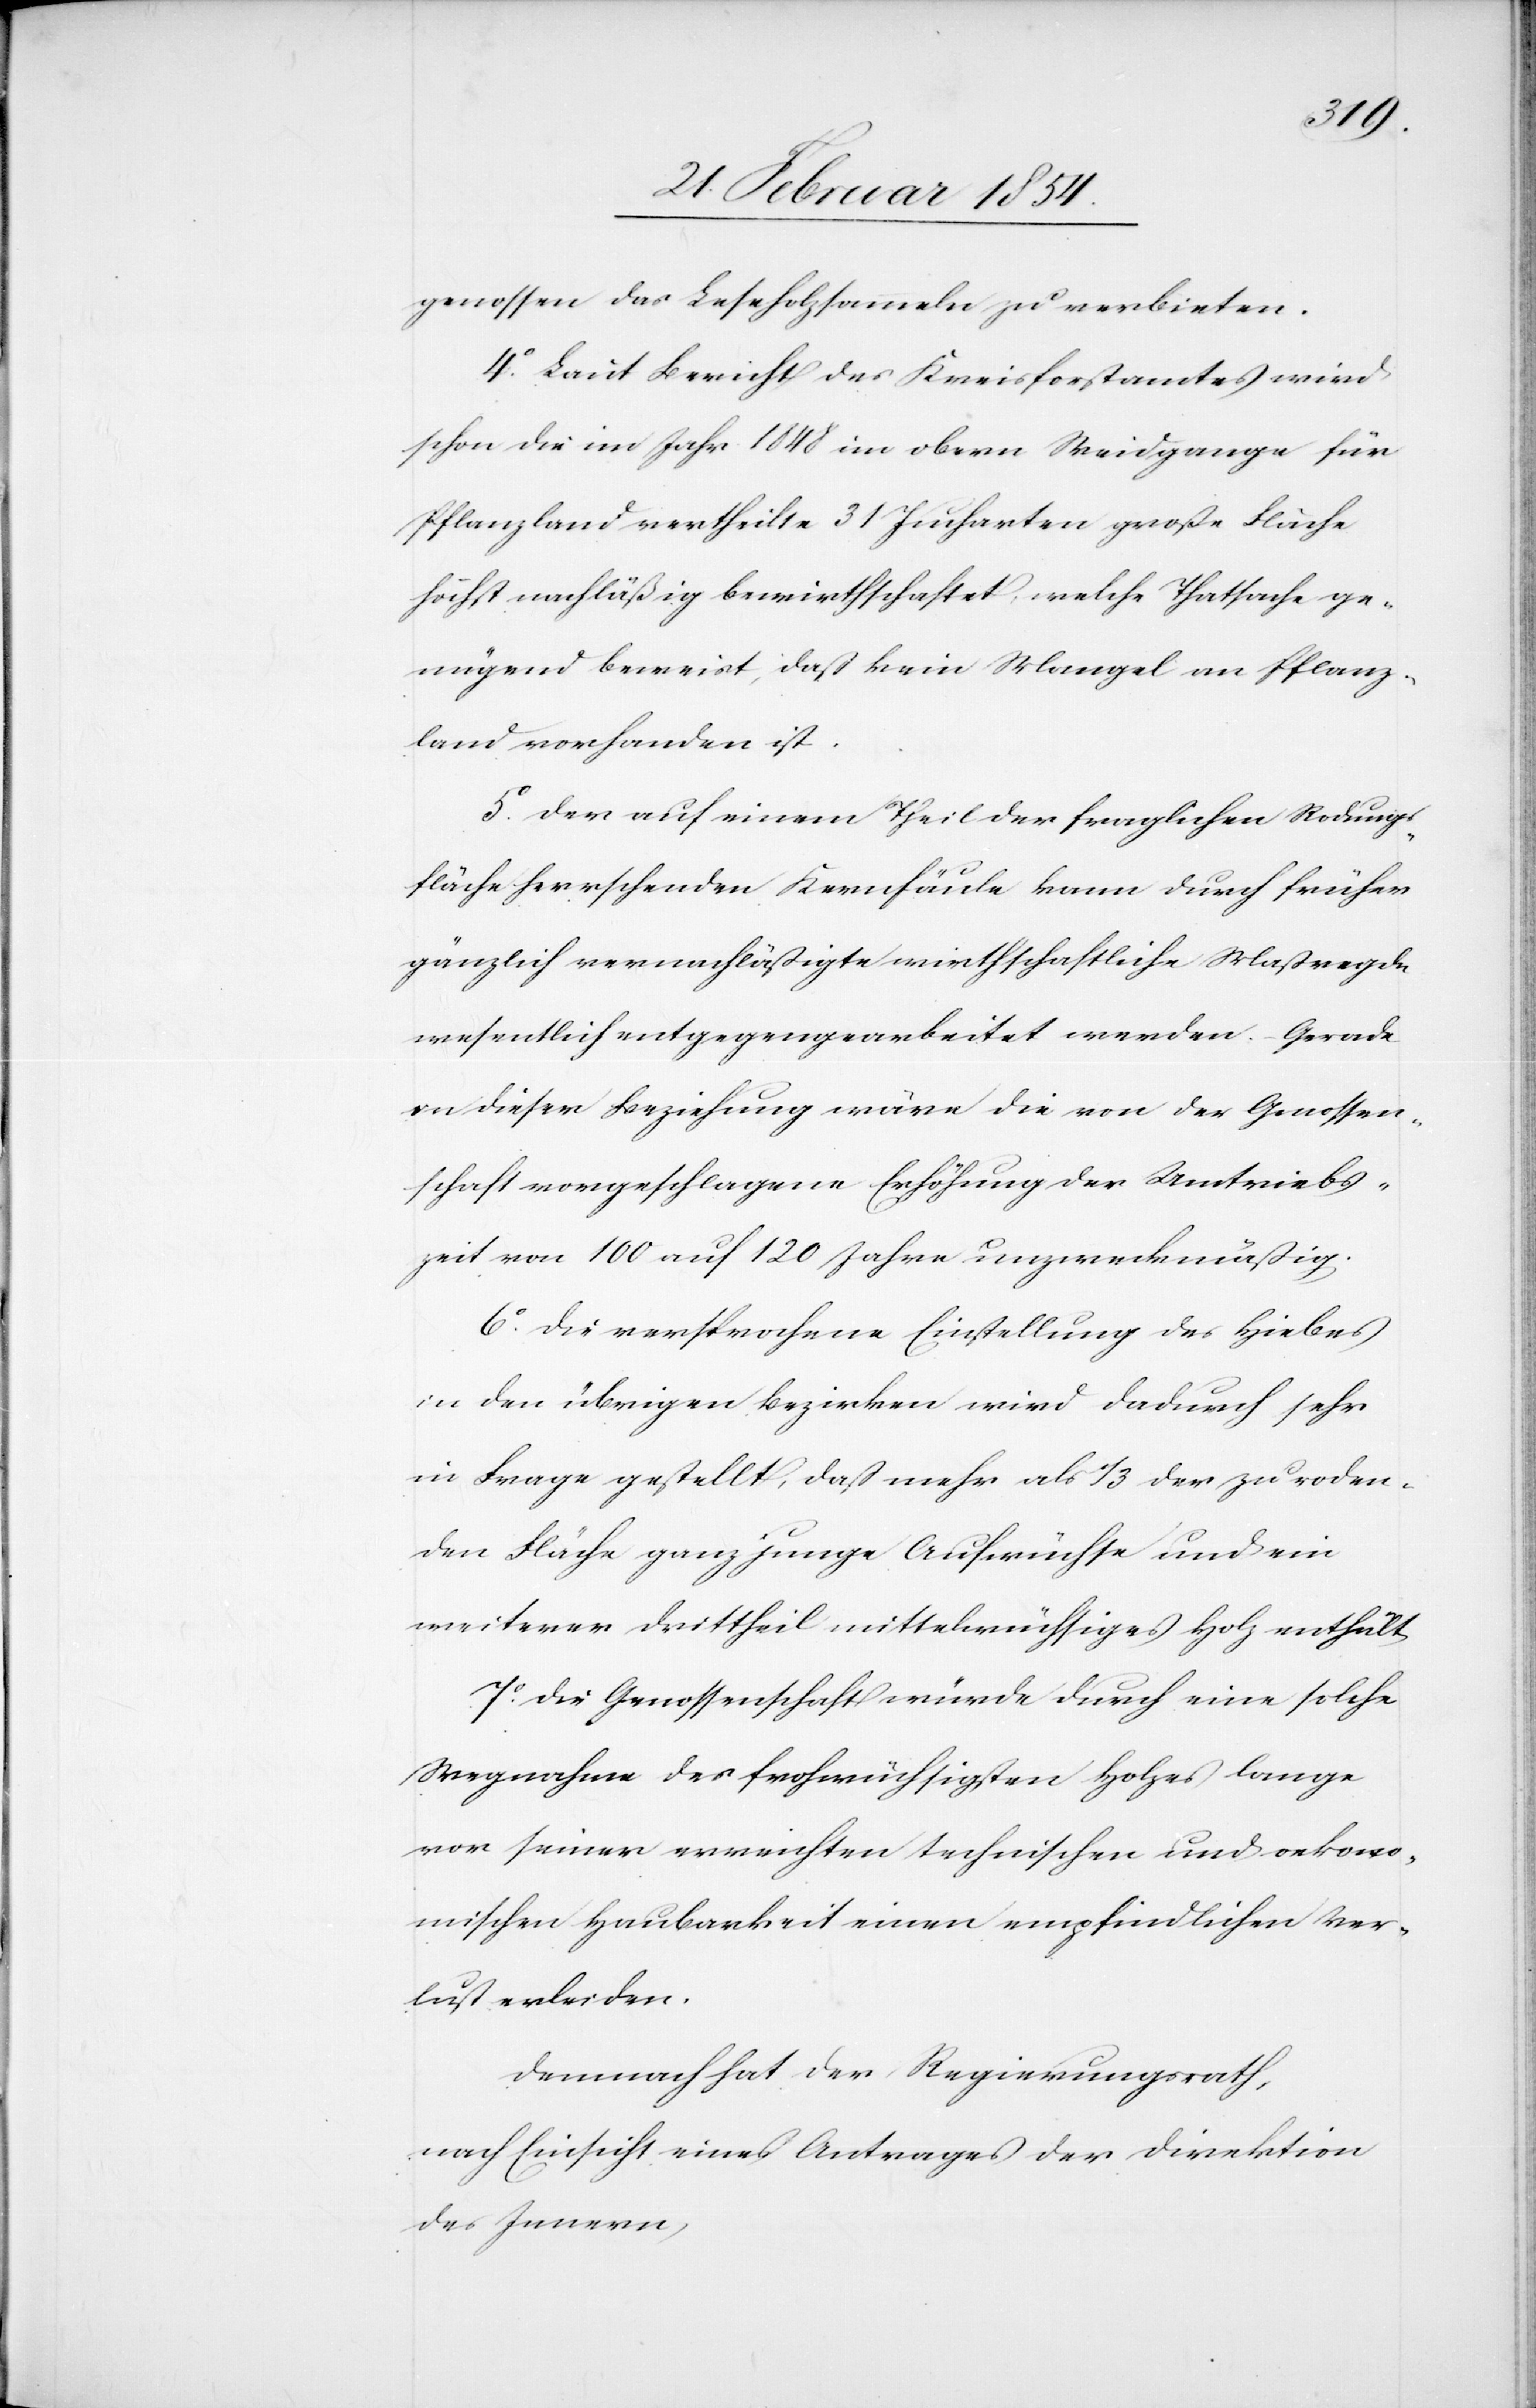
genossen des Leseholzsammeln zu verbieten.
4o Laut Bericht des Kreisforstamtes wird
schon die im Jahr 1848 im obern Weidgange für
Pflanzland ertheilte 31 Jucharten große Fläche
höchst nachläßig bewirthschaftet, welche Thatsache ge¬
nügend beweist, daß kein Mangel an Pflanz¬
land vorhanden ist.
5o Der auf einem Theil der fraglichen Rodungs¬
fläche herrschenden Kernfäule kann durch früher
gänzlich vernachläßigte wirthschaftliche Maßregeln
wesentlich entgegengearbeitet werden. – Gerade
in dieser Beziehung wäre die von der Genossen¬
schaft vorgeschlagene Erhöhung der Umtriebs¬
zeit 100 auf 120 Jahre unzweckmäßig.
6o Die versprochene Einstellung des Hiebens
in den übrigen Bezirken wird dadurch sehr
in Frage gestellt, daß mehr als 1/3 der zu roden¬
den Fläche ganz junge Aufwüchse und ein
weiterer Drittheil mittelwüchsiges Holz enthält.
7o Die Genossenschaft würde durch eine solche
Wegnahme des frohwüchsigsten Holzes lange
vor seiner erreichten technischen und oekono¬
mischen Haubarkeit einen empfindlichen Ver¬
lust erleiden.
Demnach hat der Regierungsrath,
nach Einsicht eines Antrages der Direktion
des Innern,